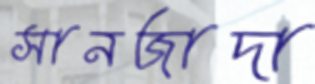
সানজাদা